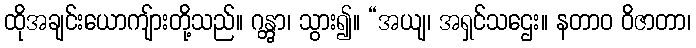
ထိုအချင်းယောကျ်ားတို့သည်။ ဂန္တွာ၊ သွား၍။ “အယျ၊ အရှင်သဌေး။ နတာဝ ဝိဇာတာ၊